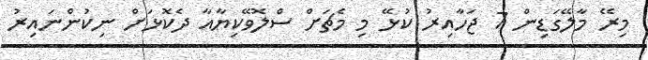
މިރޭ މާލޭގަޑިން 7 ޖަހާއިރު ކުޅޭ މި މެޗަށް ސްލޮވޭކިޔާއާ ދެކޮޅަށް ނިކުންނައިރު